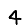
Digit: 4